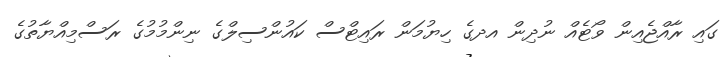
ގައި ރާއްޖެއިން ވޯޓެއް ނުދިން އދގެ ހިޔުމަން ރައިޓްސް ކައުންސިލްގެ ނިންމުމުގެ ރަސްމިއްޔާތުގެ